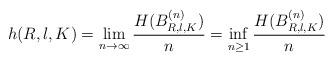
LaTeX: \begin{align*}h(R,\l,K)=\lim_{n\to\infty}\frac{H(B_{R,\l,K}^{(n)})}{n}=\inf_{n\ge1} \frac{H(B_{R,\l,K}^{(n)})}{n}\end{align*}